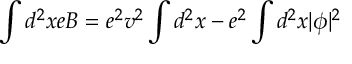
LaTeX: \int d ^ { 2 } x e B = e ^ { 2 } v ^ { 2 } \int d ^ { 2 } x - e ^ { 2 } \int d ^ { 2 } x | \phi | ^ { 2 }